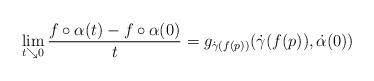
LaTeX: \begin{align*}\lim_{t\searrow 0}\frac{f\circ\alpha(t)-f\circ\alpha(0)}{t}=g_{\dot\gamma(f(p))}(\dot\gamma(f(p)),\dot\alpha(0))\end{align*}